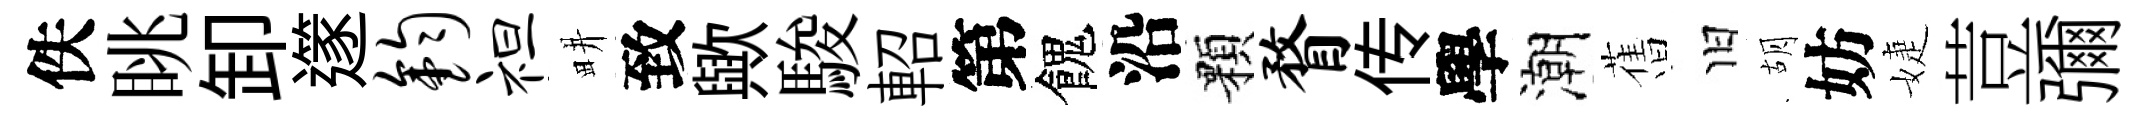
佚眺卸𨗹钧袒畊致歟駿軺第餽沿顆瞀传學潮𦾔旧胡妨婕荳彌